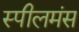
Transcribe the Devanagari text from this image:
स्पीलमंस